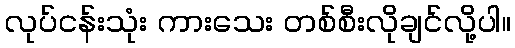
လုပ်ငန်းသုံး ကားသေး တစ်စီးလိုချင်လို့ပါ။